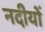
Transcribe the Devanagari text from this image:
नदीयोँ